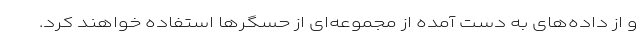
و از داده‌های به دست آمده از مجموعه‌ای از حسگرها استفاده خواهند کرد.